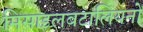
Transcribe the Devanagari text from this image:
मिसाइलबटालियनों